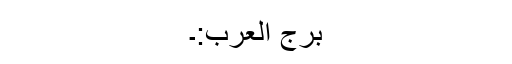
برج العرب:۔